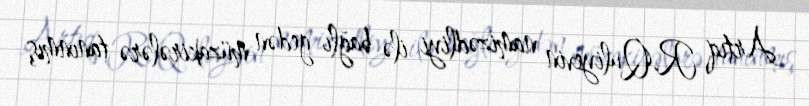
Artıq R.Quliyevin namizədliyi ilə bağlı gedən müzakirələrə tanınmış